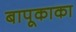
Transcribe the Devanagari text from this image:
बापूकाका